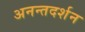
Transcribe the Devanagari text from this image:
अनन्तदर्शन